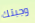
وجبتك